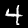
Digit: 4